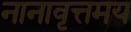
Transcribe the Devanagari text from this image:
नानावृत्तमय